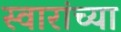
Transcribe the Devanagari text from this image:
स्वारांच्या